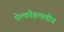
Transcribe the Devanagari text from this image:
ऐल्कोहललीय